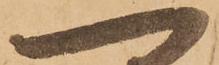
へ